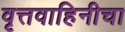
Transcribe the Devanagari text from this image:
वृत्तवाहिनीचा